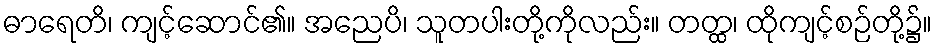
ဓာရေတိ၊ ကျင့်ဆောင်၏။ အညေပိ၊ သူတပါးတို့ကိုလည်း။ တတ္ထ၊ ထိုကျင့်စဉ်တို့၌။